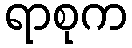
ရာစုက